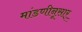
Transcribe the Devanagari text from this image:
मांडणीनूसार्